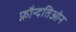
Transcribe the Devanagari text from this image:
फ़ौन्दतिओन